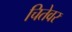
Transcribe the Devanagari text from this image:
चितेवर